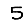
Digit: 5